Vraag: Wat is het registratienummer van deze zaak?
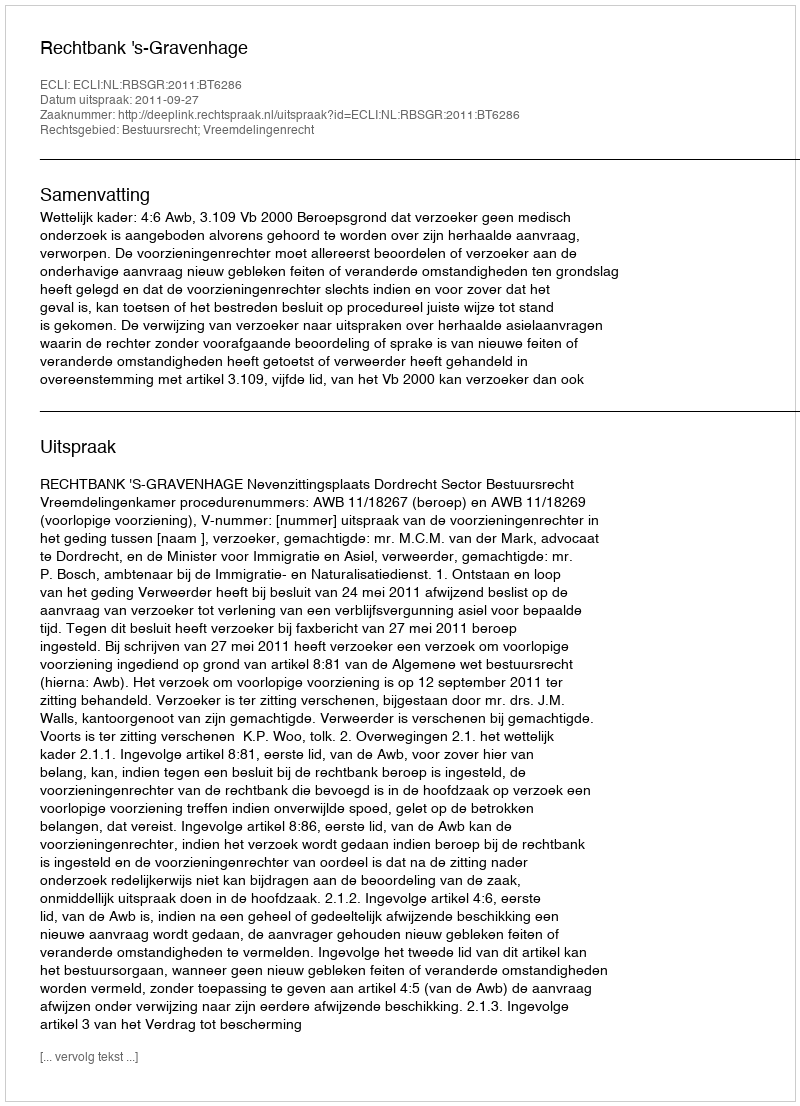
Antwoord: http://deeplink.rechtspraak.nl/uitspraak?id=ECLI:NL:RBSGR:2011:BT6286